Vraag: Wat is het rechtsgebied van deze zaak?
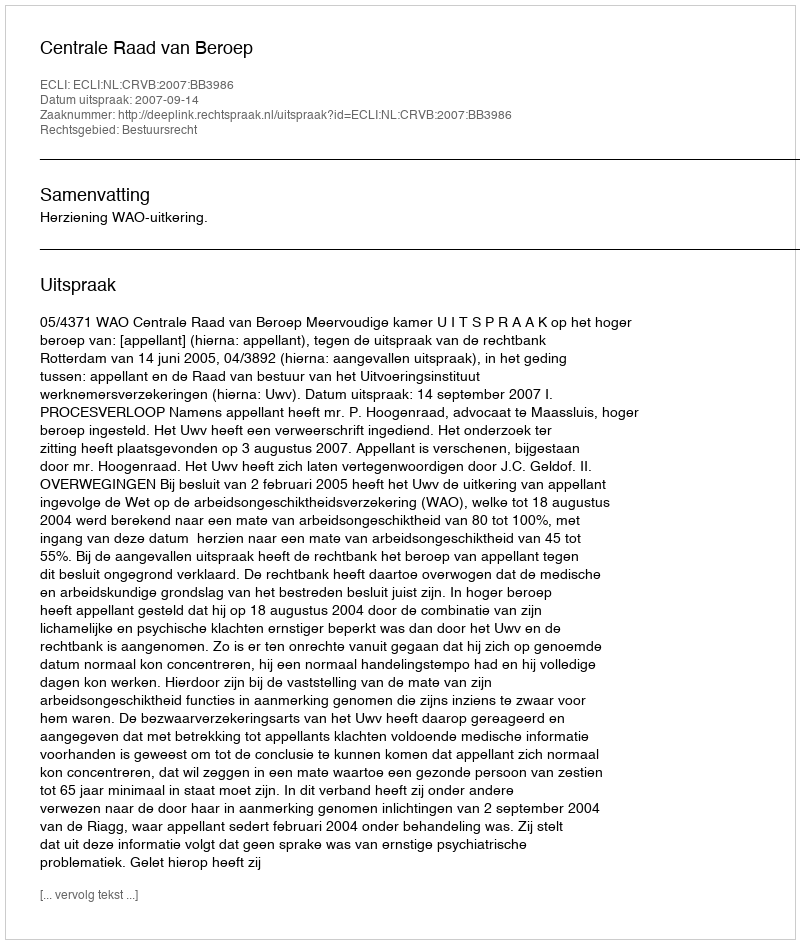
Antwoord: Bestuursrecht